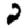
Digit: 2